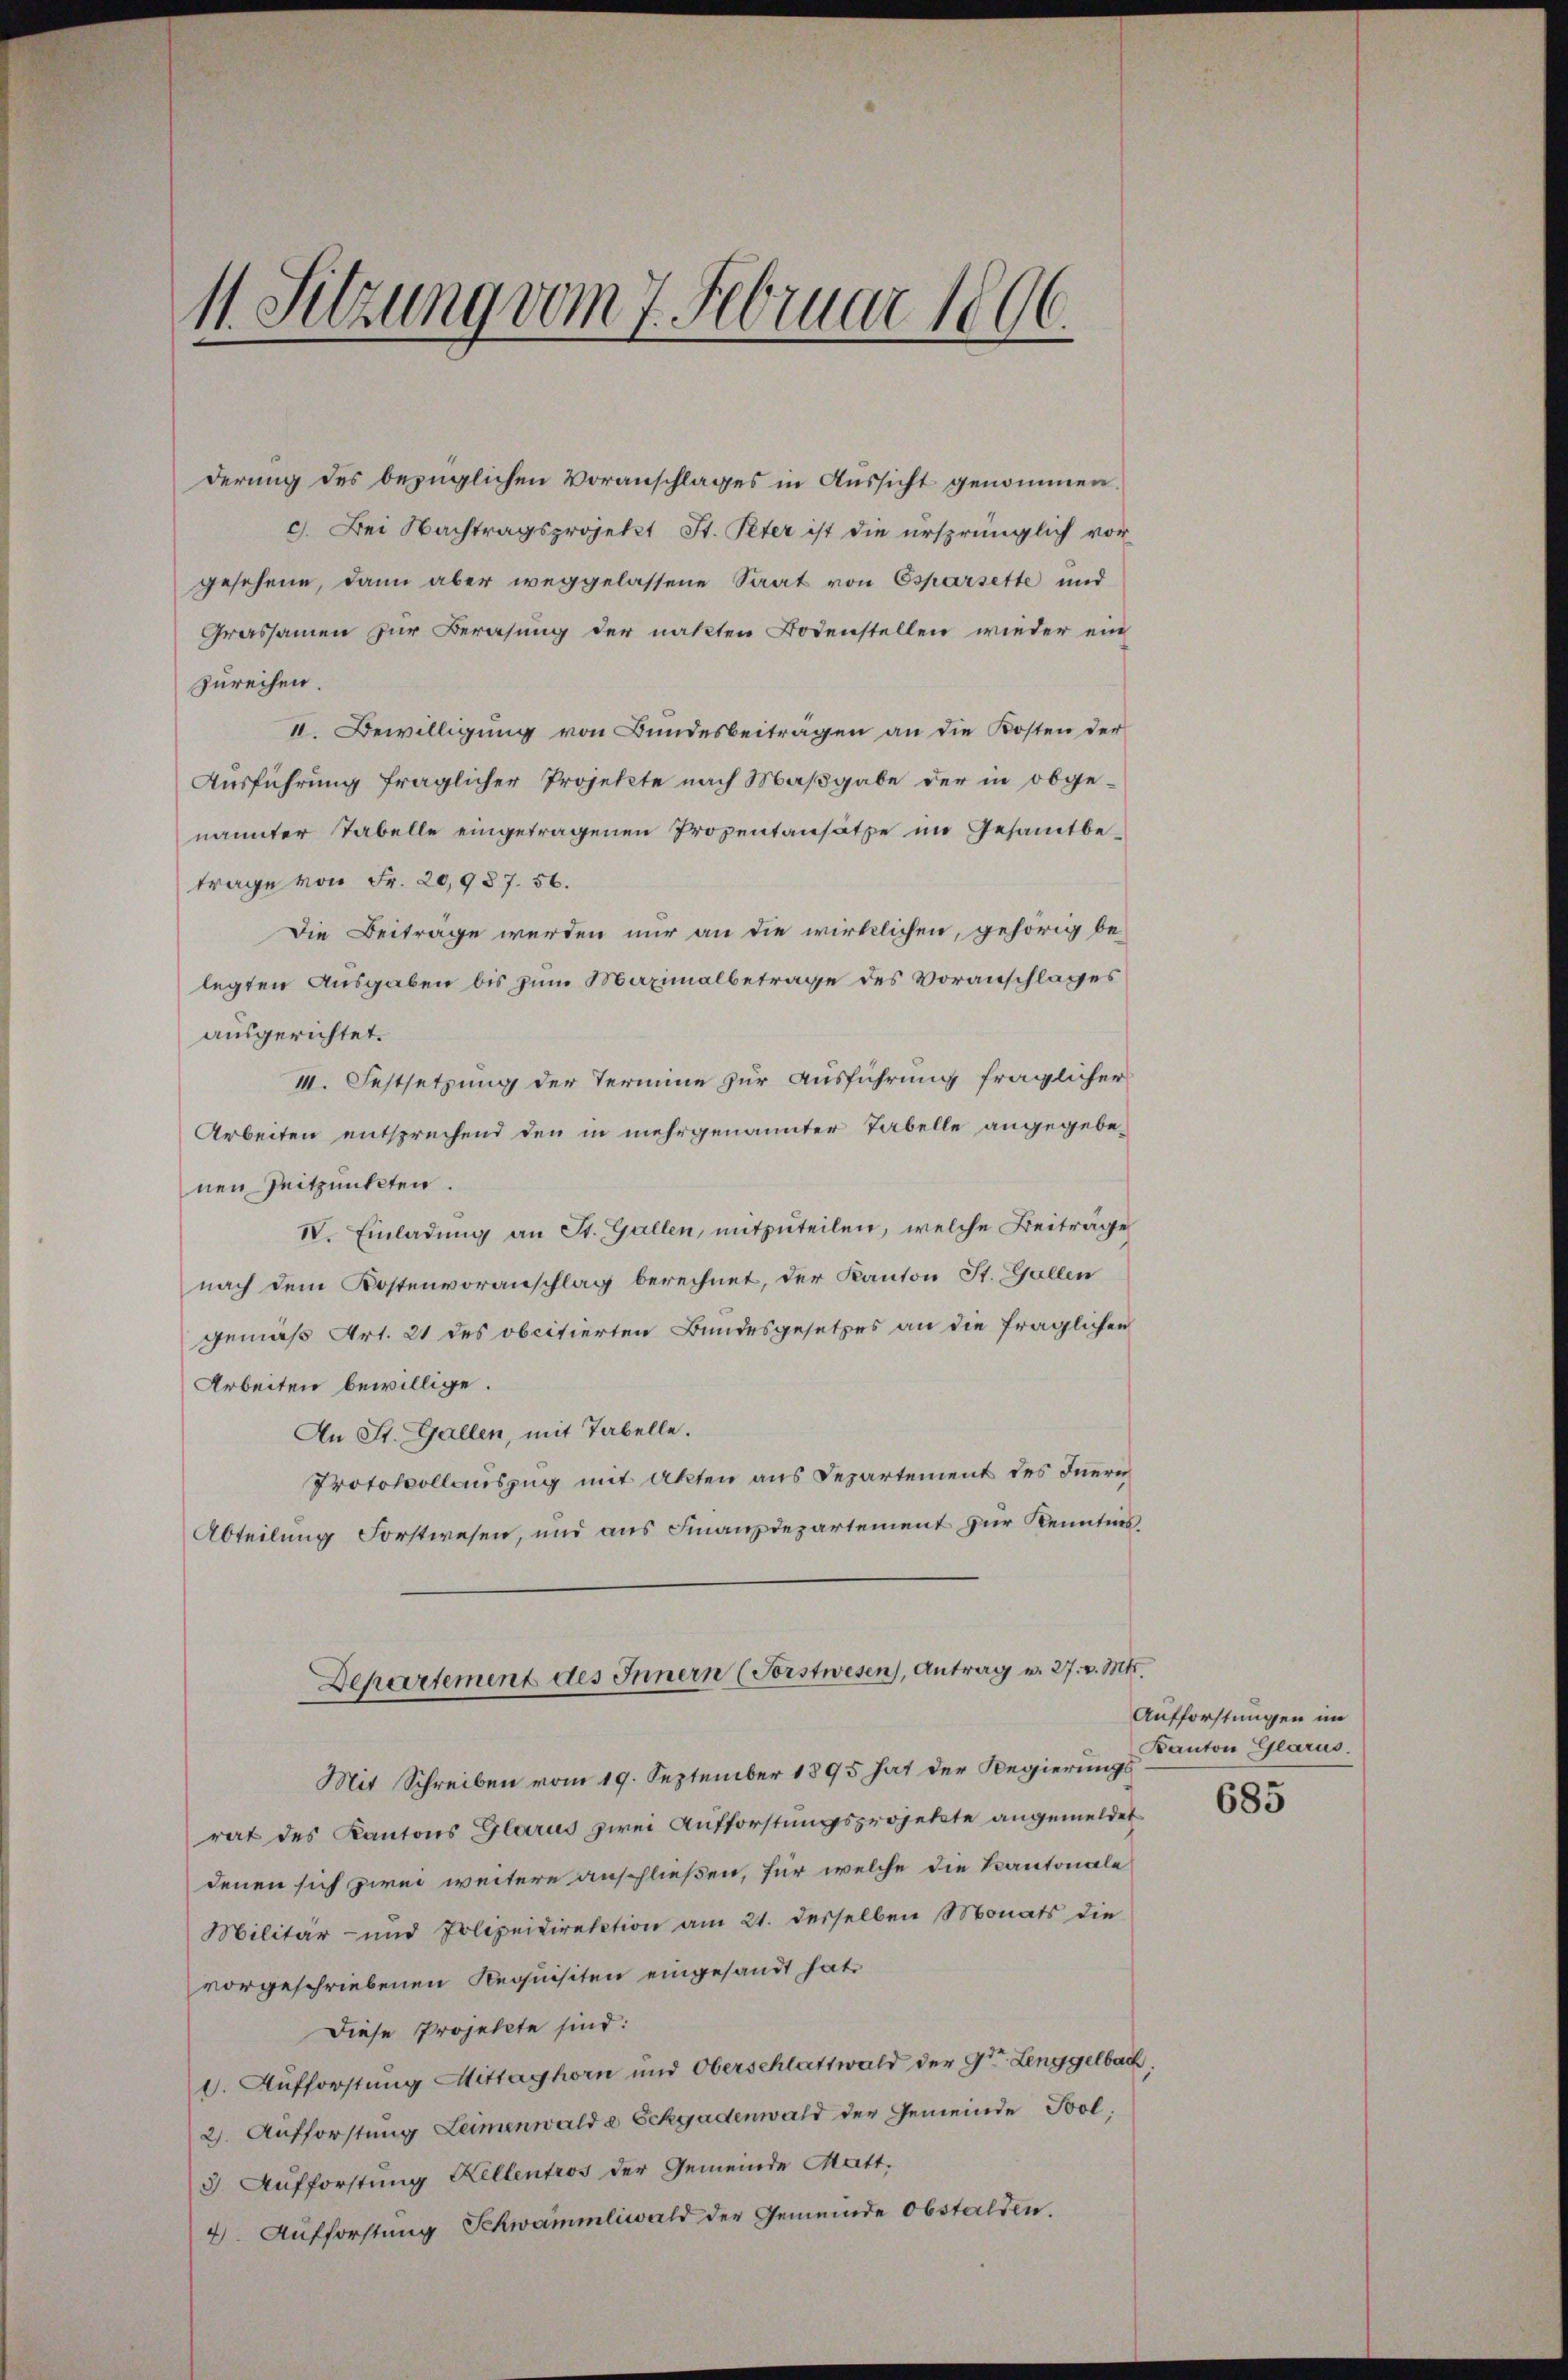
11. Sitzung vom 7. Februar 1806.

derung des bezüglichen Voranschlages in Aussicht genommen.
c. Bei Nachtragsprojekt St. Peter ist die ursprünglich vor
gesehene, dann aber weggelassene Saat von Esparsette und
Grassamen zur Berasung der natten Bodenstellen wieder ein
zurechen.
II. Bewilligung von Bundesbeiträgen an die Kosten der
Ausführung fraglicher Projekte nach Maßgabe der in obge-
nannter Tabelle eingetragenen Propentansätze im Gesamtbetrage von Fr. 20,987. 56.
Die Beitrage werden nur an die wirklichen, gehörig be-
legten Ausgaben bis zum Maximalbetrage des Voranschlages
ausgerichtet.
III. Festsetzung der Termine zur Ausführung fraglicher
Arbeiten entsprechend den in mehrgenannter Tabelle angegebenen Zeitpunkten.
IV. Einladung an St. Gallen, mitzuteilen, welche Beiträge
nach dem Kostenvoranschlag berechnet, der Kanton St. Gallen
gemäß Art. 21 des obcitierten Bundesgesetzes an die fraglichen
Arbeiten bewillige.
An St. Gallen, mit Tabelle.
Protokollauszug mit Akten aus Departement des Inern
Abteilung Forstwesen, und aus Finanzdepartement zur Kenntnis.
Departement des Innern (Forstwesen, Antrag u. 27. v. Mts.
Mit Schreiben vom 19. September 1895 hat der Regierungsrat des Kantons Glarus zwei Aufforstungsprojekte angemeldet
denen sich zwei weitere anschließen, für welche die Kantonale
Militär- und Polizeidirektion am 21. derselben Monats die
vorgeschriebenen Requisiten eingesandt hat.
Diese Projekte sind:
d. Aufforstung Mittaghorn und Oberschlattwald der 9ten Lenggelbach
2. Aufforstung Leimenwalde Schadenwald der Gemeinde Sool.
3. Aufforstung Kellentros der Gemeinde Matt.
4. Aufforstung Schwammliwald der Gemeinde Obstalden.

Aufforstungen im
Kanton Glarus.

685